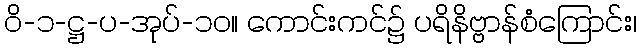
ဝိ-၁-ဋ္ဌ-ပ-အုပ်-၁၀။ ကောင်းကင်၌ ပရိနိဗ္ဗာန်စံကြောင်း၊